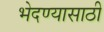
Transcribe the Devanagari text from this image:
भेदण्यासाठी